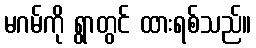
မဂမ်ကို ရွာတွင် ထားရစ်သည်။